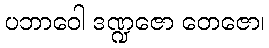
ပဘာဝေါ ဒဏ္ဍဇော တေဇော၊